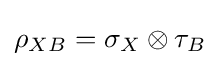
\rho _{XB}=\sigma _{X}\otimes \tau _{B}